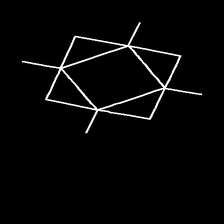
Glyph: light